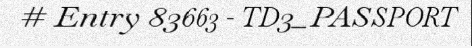
# Entry 83663 - TD3_PASSPORT